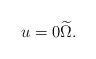
LaTeX: \begin{align*}u=0\widetilde{\Omega}. \end{align*}